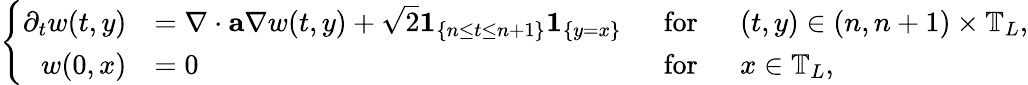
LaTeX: \left\{ \begin{array}{rlrl}{\partial_{t}w(t,y)}&{=\nabla\cdot\mathbf{a}\nabla w(t,y)+\sqrt{2}{\boldsymbol{1}}_{\left\{ n\leq t\leq n+1\right\} }{\boldsymbol{1}}_{\{ y=x\} }}&{~~\mathrm{for}}&{~~(t,y)\in(n,n+1)\times\mathbb{T}_{L},}\\ {w(0,x)}&{=0}&{\mathrm{for}}&{~~x\in\mathbb{T}_{L},}\end{array}\right.